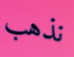
نذهب